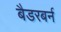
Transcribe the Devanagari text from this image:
बैडरबर्न